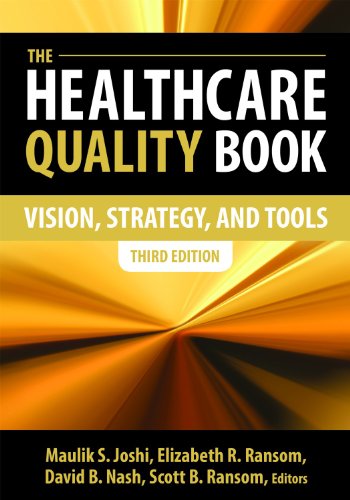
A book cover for The Healthcare Quality Book: Vision, Strategy, and Tools, Third Edition; Maulik S. Joshi; Medical Books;